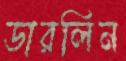
ডারলিন